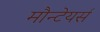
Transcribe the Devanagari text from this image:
मौन्टेयर्स